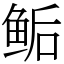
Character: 鲘